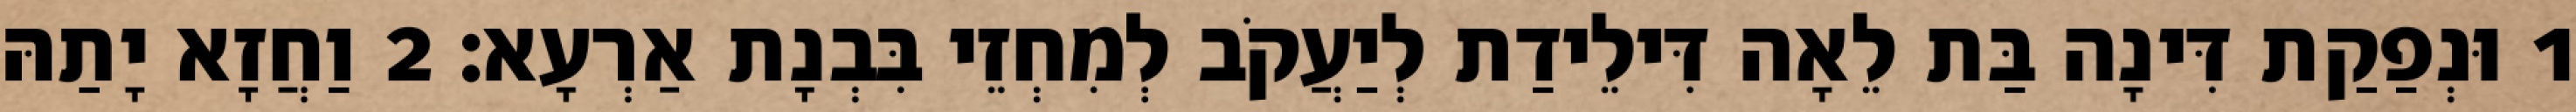
1 וּנְפַקַת דִּינָה בַּת לֵאָה דִּילֵידַת לְיַעֲקֹב לְמִחְזֵי בִּבְנָת אַרְעָא׃ 2 וַחֲזָא יָתַהּ